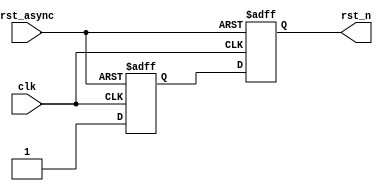
module reset_generator (/*AUTOARG*/
  // Outputs
  rst_n,
  // Inputs
  clk, rst_async
  );
  
  input clk;
  input rst_async; // asynchronous reset
  output rst_n;    // synchronous reset
  
  /*AUTOINPUT*/
  /*AUTOOUTPUT*/
  
  /*AUTOREG*/
  /*AUTOWIRE*/

  reg                   rst_async_m; // can be metastable
  reg                   rst_async_r; // can be metastable
  
  always @(negedge clk or negedge rst_async) begin
    if(rst_async == 1'b0) begin
      /*AUTORESET*/
      // Beginning of autoreset for uninitialized flops
      rst_async_m <= 1'h0;
      rst_async_r <= 1'h0;
      // End of automatics
    end
    else begin
      rst_async_m <= 1'b1; // Can be metastable
      rst_async_r <= rst_async_m;
    end
  end
  
  // renaming
  assign rst_n = rst_async_r;


  
  
endmodule